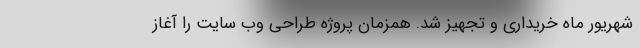
شهریور ماه خریداری و تجهیز شد. همزمان پروژه طراحی وب سایت را آغاز